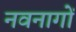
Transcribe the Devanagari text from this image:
नवनागों